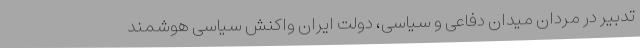
تدبیر در مردان میدان دفاعی و سیاسی، دولت ایران واکنش سیاسی هوشمند